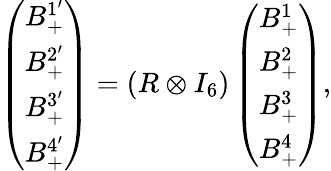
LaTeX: \begin{array}{r}{\left(\begin{array}{l}{B_{+}^{1^{\prime}}}\\ {B_{+}^{2^{\prime}}}\\ {B_{+}^{3^{\prime}}}\\ {B_{+}^{4^{\prime}}}\end{array}\right)=(R\otimes I_{6})\left(\begin{array}{l}{B_{+}^{1}}\\ {B_{+}^{2}}\\ {B_{+}^{3}}\\ {B_{+}^{4}}\end{array}\right),}\end{array}